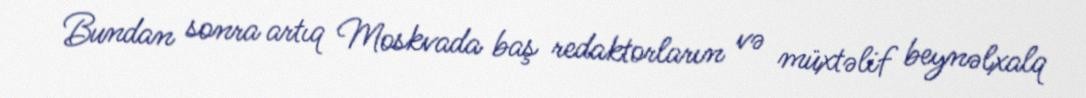
Bundan sonra artıq Moskvada baş redaktorların və müxtəlif beynəlxalq